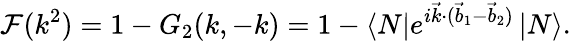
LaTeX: {\cal F}(k^{2})=1-G_{2}(k,-k)=1-\left\langle N\right|e^{i\vec{k}\cdot(\vec{b}_{1}-\vec{b}_{2})}\left|N\right\rangle.